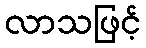
လာသဖြင့်